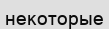
некоторые